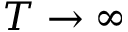
T \to \infty